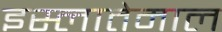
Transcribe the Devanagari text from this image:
इस्लातेमाल